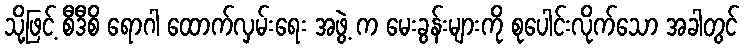
သို့ဖြင့် စီဒီစိ ရောဂါ ထောက်လှမ်းရေး အဖွဲ့ က မေးခွန်းများကို စုပေါင်းလိုက်သော အခါတွင်